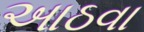
આઠવા